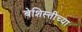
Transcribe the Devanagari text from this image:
बेशिस्तीच्या